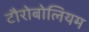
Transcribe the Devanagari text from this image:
टौरोबोलियम